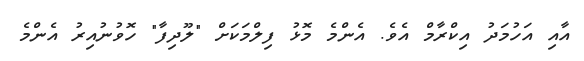
އާއި އަހުމަދު އިކްރާމް އެވެ. އެންމެ މޮޅު ފިލްމަކަށް "ލޫދިފާ" ހޮވުނުއިރު އެންމެ